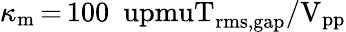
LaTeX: \kappa_{\mathrm{m}}\, {=}\, 100~\mathrm{\ upmuT_{rms,gap}/V_{pp}}